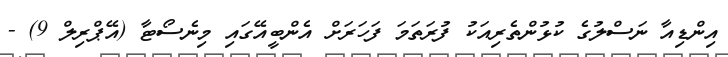
އިންޑިއާ ނަސްލުގެ ކުޅުންތެރިއަކު ފުރަތަމަ ފަހަރަށް އެންބީއޭގައި މިނެސޯޓާ (އޭޕްރިލް 9) -